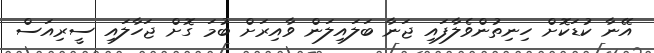
އޭނާ ކުޑަކޮށް ހިނިތުންވެލާފައި ޖަނާ ބަލައިލަން ވާއިރަށް ބުމަ ގޮށް ޖަހާލައި ސީރިއަސް